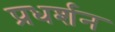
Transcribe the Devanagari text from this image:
प्रधर्शन